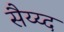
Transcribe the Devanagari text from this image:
सैय्य्द